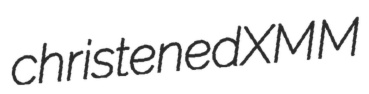
christened XMM